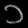
Digit: ၁